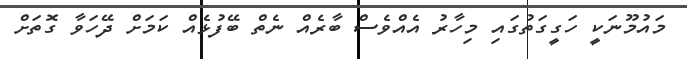
މައުމޫނަކީ ހަގީގަތުގައި މިހާރު އެއްވެސް ބާރެއް ނެތް ބޭފުޅެއް ކަމަށް ދޭހަވާ ގޮތަށް